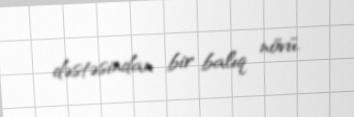
dəstəsindan bir balıq növü.